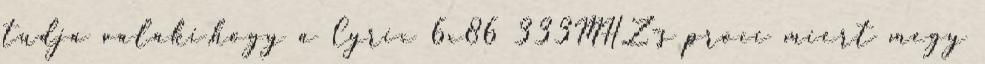
tudja valaki,hogy a Cyrix 6x86 333MHZ-s proci miert megy